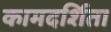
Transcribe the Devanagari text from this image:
कामदर्शिता